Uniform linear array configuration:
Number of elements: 4
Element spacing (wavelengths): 0.5
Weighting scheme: uniform
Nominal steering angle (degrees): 0
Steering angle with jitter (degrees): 1.664
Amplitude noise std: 0.05
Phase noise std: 0.05

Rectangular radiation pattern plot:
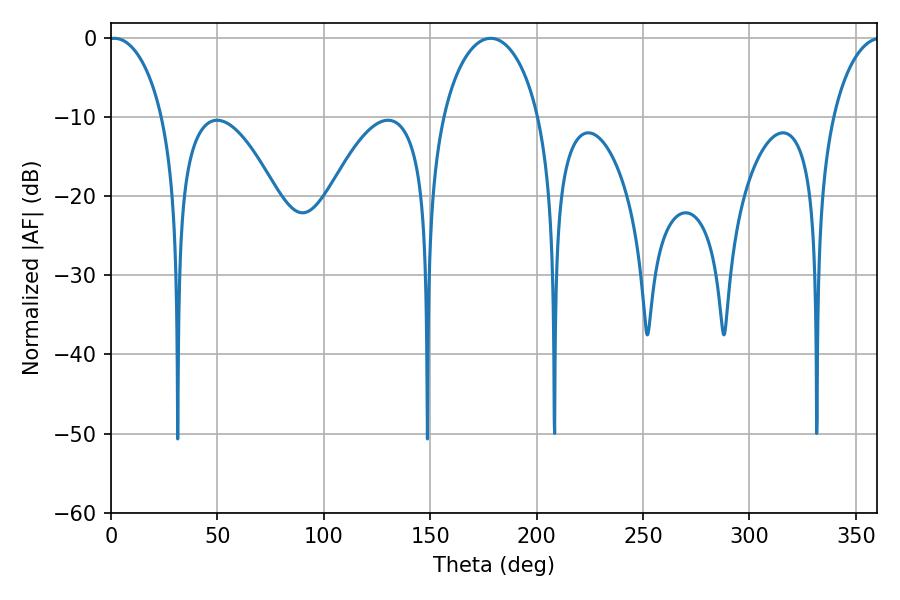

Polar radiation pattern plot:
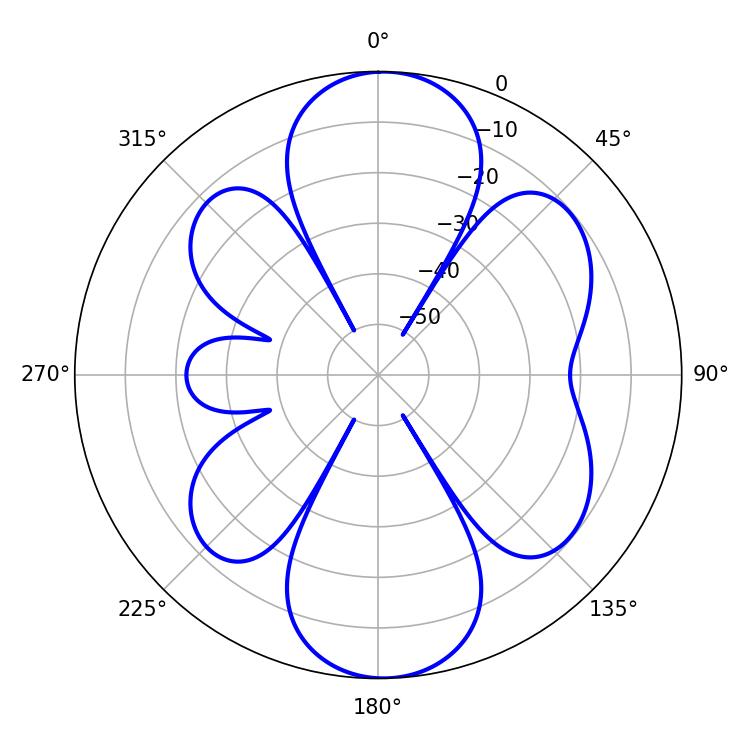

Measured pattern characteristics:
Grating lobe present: FALSE
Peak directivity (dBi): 15.224
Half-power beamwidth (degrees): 14.58
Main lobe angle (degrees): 1.62